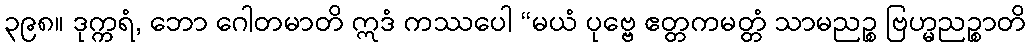
၃၉၈။ ဒုက္ကရံ, ဘော ဂေါတမာတိ ဣဒံ ကဿပေါ “မယံ ပုဗ္ဗေ ဧတ္တကမတ္တံ သာမညဉ္စ ဗြဟ္မညဉ္စာတိ